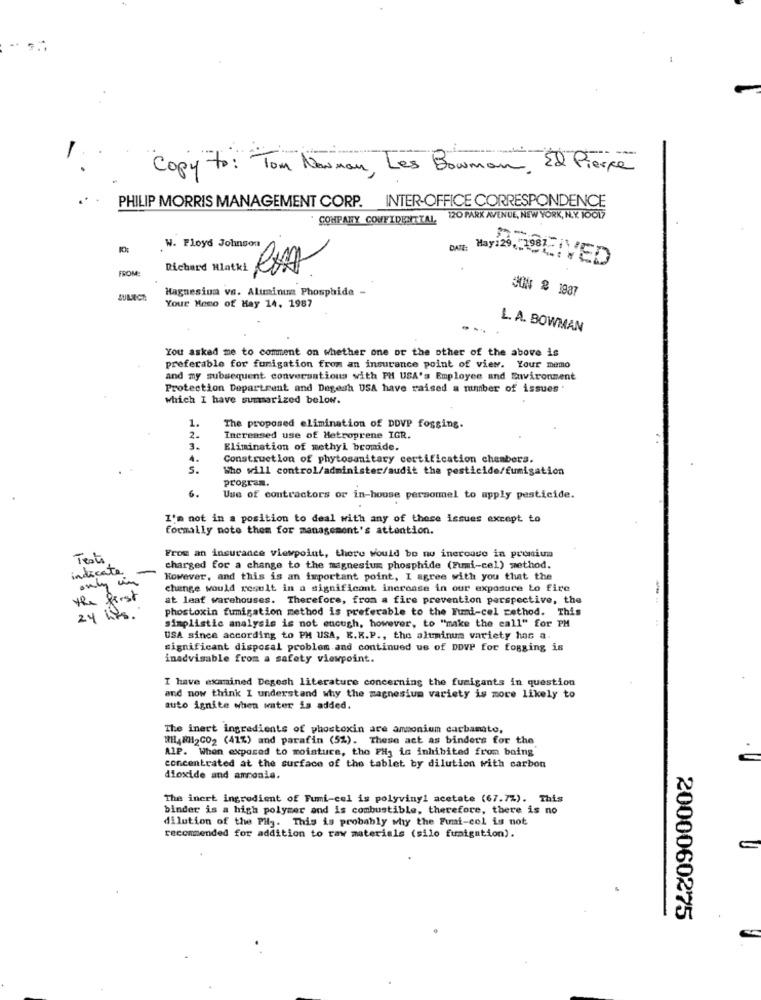
-
Copy to : Tom Maman , Les Bowman , El Pierre
PHILIP MORRIS MANAGEMENT CORP. INTER-OFFICE CORRESPONDENCE
COMPANY CONFIDENTIAL, 120 PARK AVENUE, NEW YORK, N.Y. 10017
W. Floyd Johnson
DATE: May:29, 27987
DOICIVED
FROM:
Richard Hlatki
Magnesium vs. Aluminuma Phosphide -
CHN & 1987
JULECE
Your Memo of Hay 14, 1987
L. A. BOWMAN
You asked me to comment on whether one or the other of the above is
preferable for fumigation from an insurance point of view. Your memo
and my subsequent conversations with PH USA's Employee and Environment
Protection Department and Degesh USA have raised a member of issues
which I have summarized below.
1.
The proposed elimination of DDVP fogging.
2.
Increased use of Metroprene IGR.
3.
Elimination of methyl bromide.
4.
Construction of phytosanitary certification chambers.
s.
Who will control/administer/audit the pesticide/fumigation
program.
6.
Use of contractors or in-house persommel to apply pesticide.
I'm not in a position to deal with any of these issues except to
formally note them for management's attention.
Tests.
From an insurance viewpoint, there would be no inerouse in premium
indicate
charged for a change to the magnesium phosphide (Fumi-cel) method.
However, and this is an important point, I agree with you that the
change would result in a significant increase in our exposure to fire
the first
at leaf warehouses. Therefore, from a fire prevention perspective, the
phostoxin fumigation method is preferable to the Funi-cel cethod. This
24 hrs.
simplistic analysis is not enough, however, to "make the call" for PM
USA since according to PH USA, E.K.P ., the aluminum variety has a-
significant disposal problem and continued us of DDVP for fogging is
inadvisable from a safety viewpoint.
I have examined Degesh literature concerning the fumigants in question
and now think I understand why the magnesium variety is more likely to
auto ignite when water is added.
The inert ingredients of phostoxin are ammonium carbamate,
RH48H12CO2 (41%) and parafin (5%). These act as binders for the
AlP. When exposed to moisture, the PH, is inhibited from being
concentrated at the surface of the tablet by dilution with carbon
dioxide and ammonia.
The inert ingredient of Fumi-cel is polyvinyl acetate (67.7%). This
binder is a high polymer and is combustible, therefore, there is no
dilution of the PH3. This is probably why the Funi-col is not
recommended for addition to raw materials (silo fumigation).
2000060275